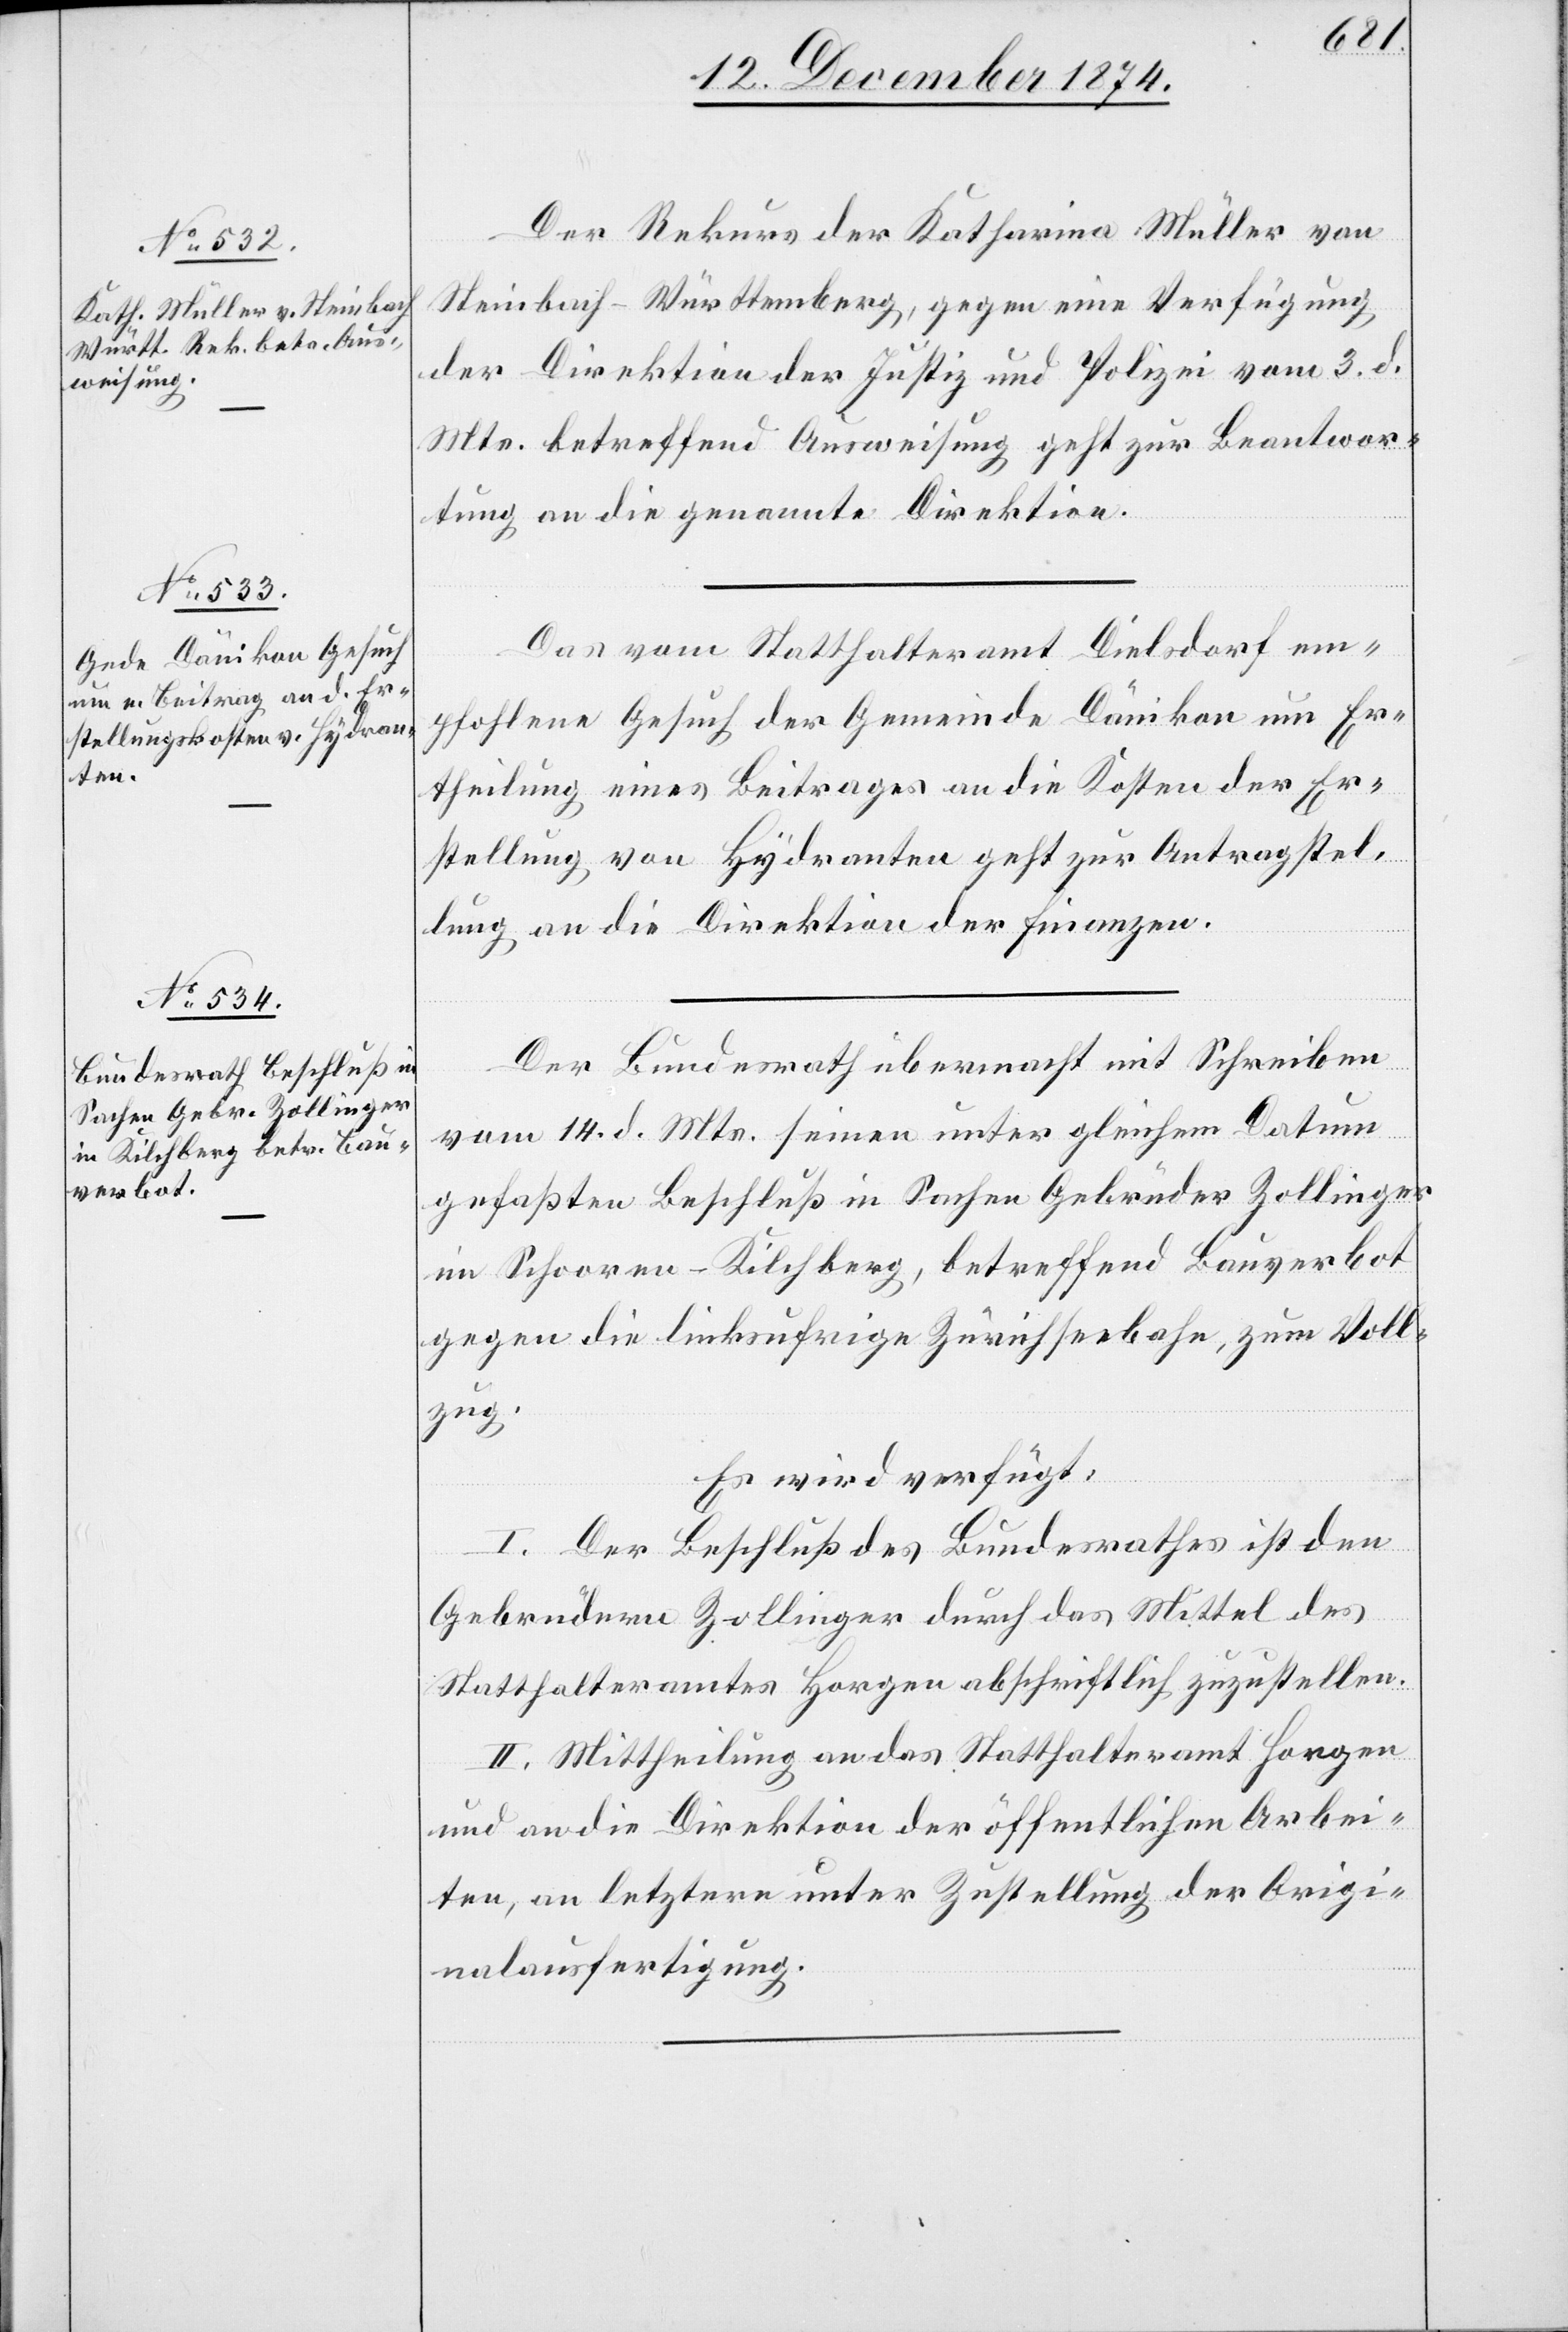
18. Dezember 1874.]
Der Rekurs der Katharina Müller von
Steinbach-Württemberg, gegen eine Verfügung
der Direktion der Justiz und Polizei vom 3. d.
Mts. betreffend Ausweisung geht zur Beantwor¬
tung an die genannte Direktion.
Das vom Statthalteramt Dielsdorf em¬
pfohlene Gesuch der Gemeinde Dänikon um Er¬
theilung eines Beitrages an die Kosten der Er¬
stellung von Hydranten geht zur Antragstel¬
lung an die Direktion der Finanzen.
Der Bundesrath übermacht mit Schreiben
vom 14. d. Mts. seinen unter gleichem Datum
gefaßten Beschluß in Sachen Gebrüder Zollinger
im Schooren - Kilchberg, betreffend Bauverbot
gegen die linksufrige Zürichseebahn, zum Voll¬
zug.
Es wird verfügt:
I. Der Beschluß des Bundesrathes ist den
Gebrüdern Zollinger durch das Mittel des
Statthalteramtes Horgen abschriftlich zuzustellen.
II. Mittheilung an das Statthalteramt Horgen
und an die Direktion der öffentlichen Arbei¬
ten, an letztere unter Zustellung der Origi¬
nalausfertigung.